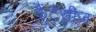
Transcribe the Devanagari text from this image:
फैंटेसीज